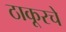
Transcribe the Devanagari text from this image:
ठाकूरचे